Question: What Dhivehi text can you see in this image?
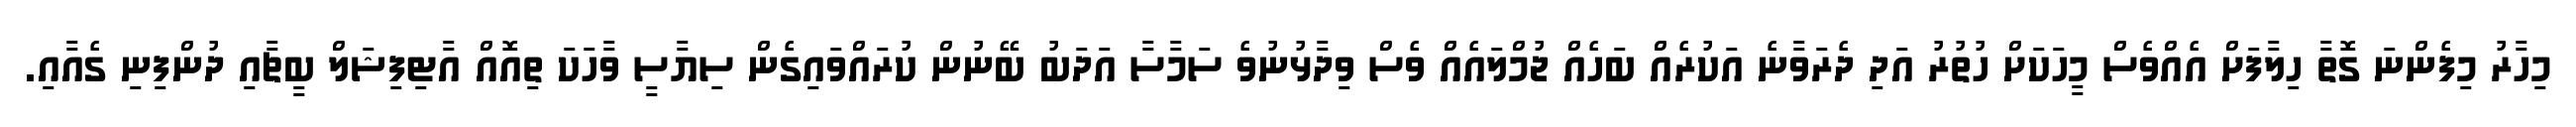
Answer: މިހާރު މިފެންނަ ގޮތާ ހިލާފަށް އެއްވެސް މީހަކަށް ހުތުރު އަދި ދެރަވާނެ އަކުރެއް ބަހެއް ޖުމްލައެއް ވެސް ވިދާޅުނުވެ ސަމާސާ އަދަބު ބޭނުން ކުރައްވައިގެން ސިޔާސީ ވާހަކަ ތިއޮއް އާޓިފިޝަލް ބީޗާއި ދުންފިނި ގެއާއި.